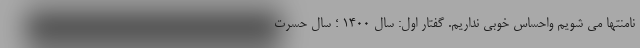
نامنتها می شویم واحساس خوبی نداریم. گفتار اول: سال ۱۴۰۰ ؛ سال حسرت